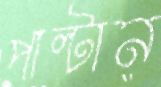
পাল্টান